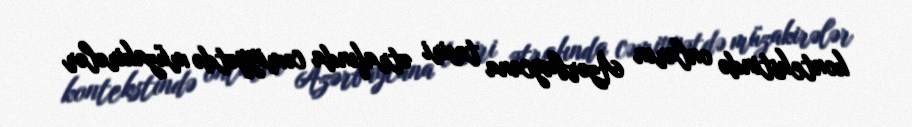
kontekstində onların Azərbaycana təsiri ətrafında cəmiyyətdə müzakirələr